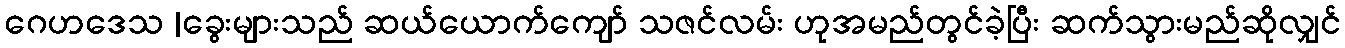
ဂေဟဒေသ |ခွေးများသည် ဆယ်ယောက်ကျော် သဇင်လမ်း ဟုအမည်တွင်ခဲ့ပြီး ဆက်သွားမည်ဆိုလျှင်